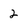
Character: 2